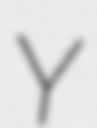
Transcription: Y